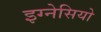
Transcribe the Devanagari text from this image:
इग्नेसियो